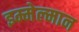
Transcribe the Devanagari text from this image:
इम्मेल्मान